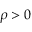
\rho > 0